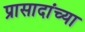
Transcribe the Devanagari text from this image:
प्रासादांच्या